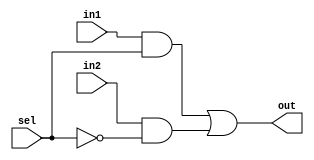
module mux21(out,in1,in2,sel);

	output wire out; 
	input wire in1,in2,sel;
	wire outand1,outand2;
	wire sel_bar;
	not notsel(sel_bar,sel);
	and and1(outand1,in1,sel);
	and and2(outand2,in2,sel_bar);
	or or1(out,outand1,outand2);
	
endmodule